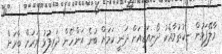
މާލޭފަޅުން ނިކުތުމާއެކު ދޯނިއަޑިއަށް ދަނީ ކަމަށް ބުނެ އަންހެން ދަރިފުޅު ވަރަށް ބާރަށް